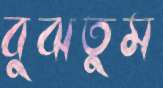
বুঝতুম